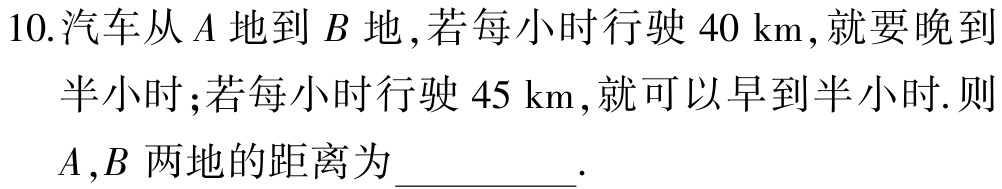
10.汽车从\(A\)地到\(B\)地,若每小时行驶\(40\ km\),就要晚到半小时;若每小时行驶\(45\ km\),就可以早到半小时.则\(A\),\(B\)两地的距离为__________.